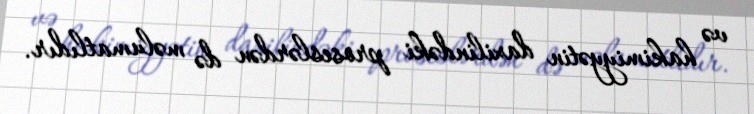
və hakimiyyətin daxilindəki proseslərdən də məlumatlıdır.